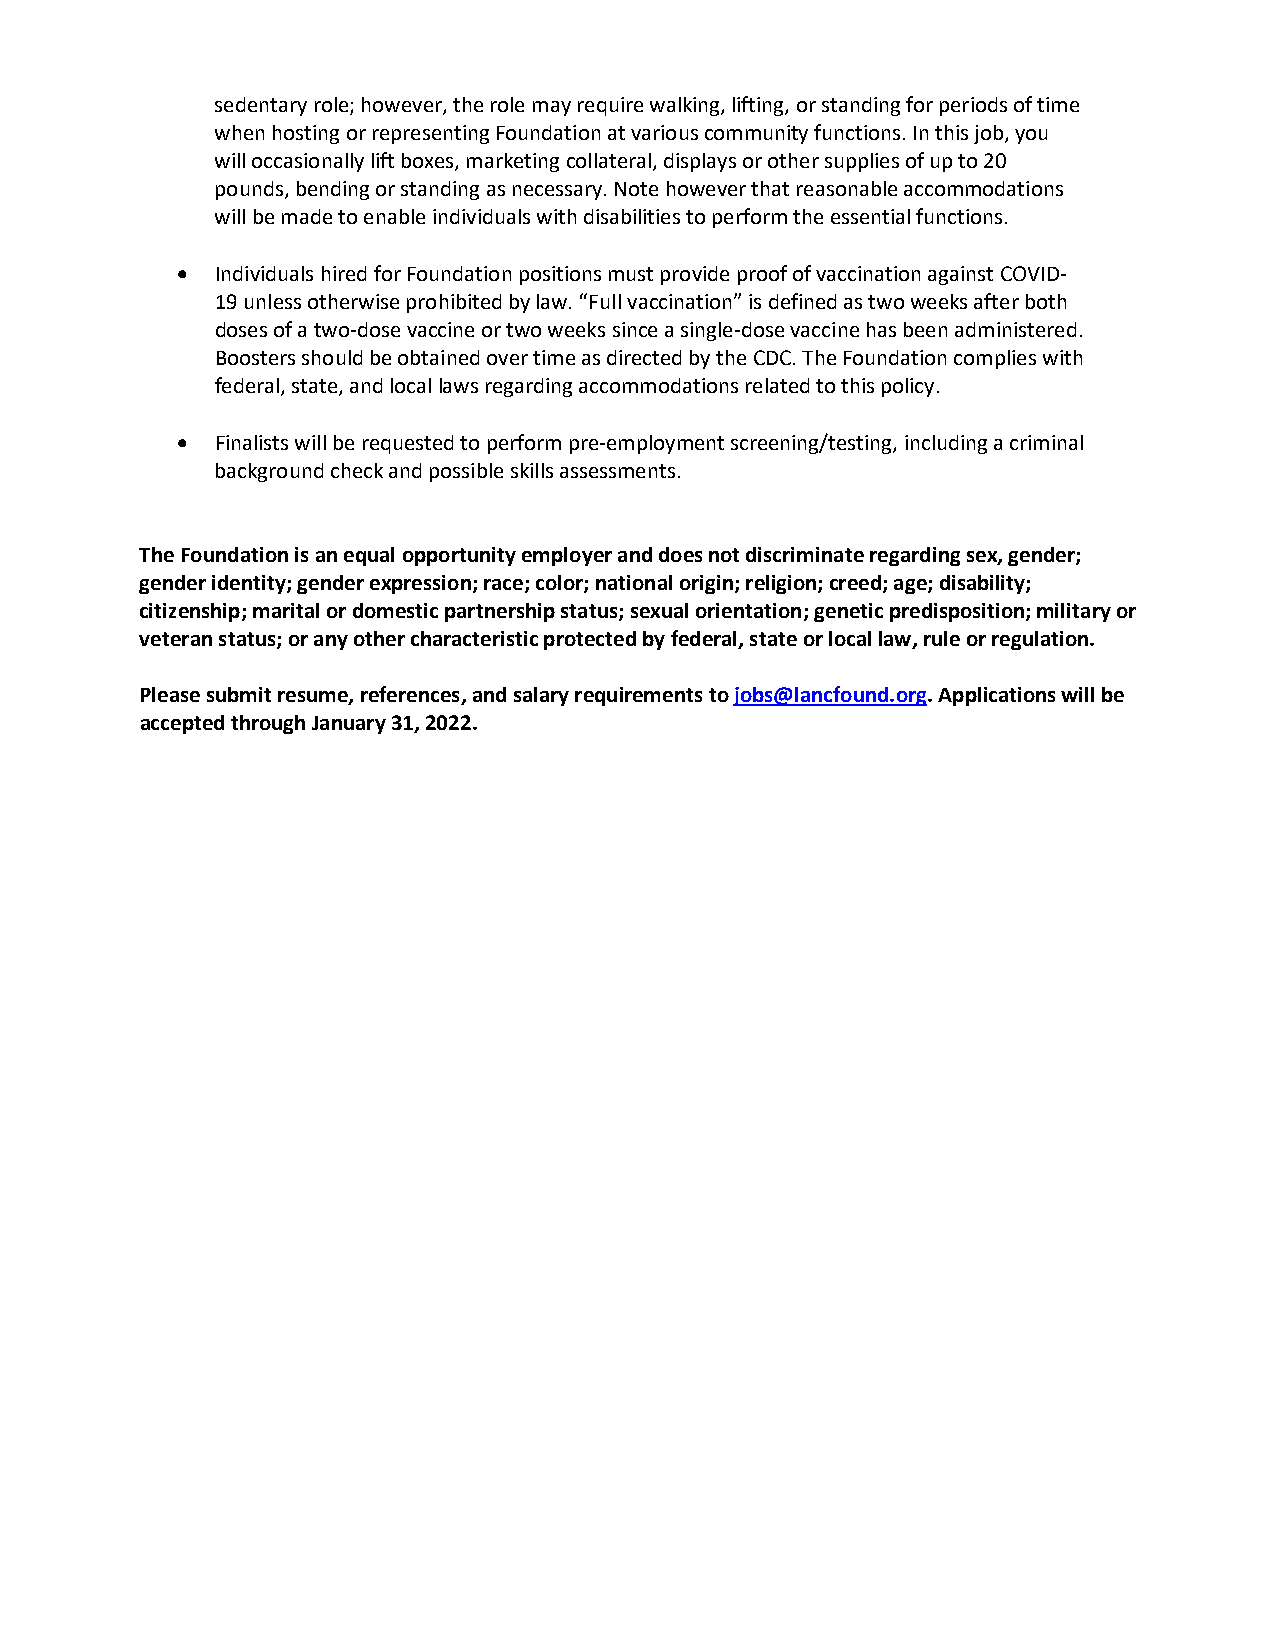
sedentary role; however, the role may require walking, lifting, or standing for periods of time
 when hosting or representing Foundation at various community functions. In this job, you
 will occasionally lift boxes, marketing collateral, displays or other supplies of up to 20
 pounds, bending or standing as necessary. Note however that reasonable accommodations
 will be made to enable individuals with disabilities to perform the essential functions.
 • Individuals hired for Foundation positions must provide proof of vaccination against COVID-
 19 unless otherwise prohibited by law. “Full vaccination” is defined as two weeks after both
 doses of a two-dose vaccine or two weeks since a single-dose vaccine has been administered.
 Boosters should be obtained over time as directed by the CDC. The Foundation complies with
 federal, state, and local laws regarding accommodations related to this policy.
 • Finalists will be requested to perform pre-employment screening/testing, including a criminal
 background check and possible skills assessments.
 The Foundation is an equal opportunity employer and does not discriminate regarding sex, gender;
 gender identity; gender expression; race; color; national origin; religion; creed; age; disability;
 citizenship; marital or domestic partnership status; sexual orientation; genetic predisposition; military or
 veteran status; or any other characteristic protected by federal, state or local law, rule or regulation.
 Please submit resume, references, and salary requirements to jobs@lancfound.org. Applications will be
 accepted through January 31, 2022.